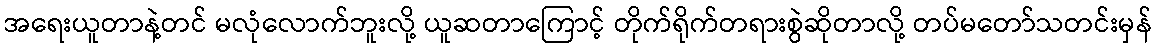
အရေးယူတာနဲ့တင် မလုံလောက်ဘူးလို့ ယူဆတာကြောင့် တိုက်ရိုက်တရားစွဲဆိုတာလို့ တပ်မတော်သတင်းမှန်